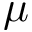
\mu